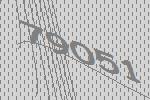
79051